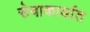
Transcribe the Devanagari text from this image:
सेवाकार्यात